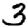
Digit: 3